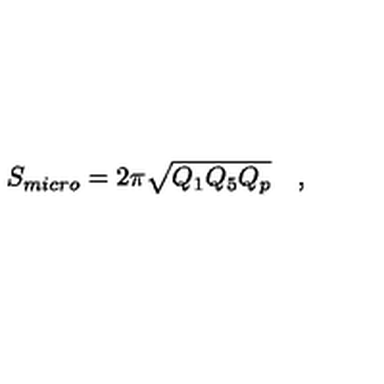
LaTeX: S _ { m i c r o } = 2 \pi \sqrt { Q _ { 1 } Q _ { 5 } Q _ { p } } \quad ,